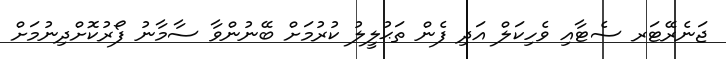
ޖަނެރޭޓަރ ސެޓާއި ވެހިކަލް އަދި ފެން ތަޙުލީލު ކުރުމަށް ބޭނުންވާ ސާމާނު ފޯރުކޮށްދިނުމަށް